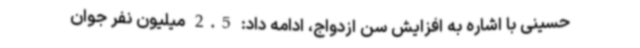
حسینی با اشاره به افزایش سن ازدواج، ادامه داد: 2.5 میلیون نفر جوان